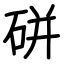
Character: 硑